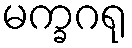
မက္ခဂရု